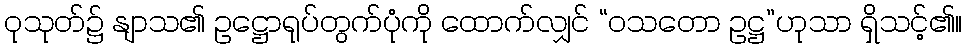
ဝုသုတ်၌ နျာသ၏ ဥဋ္ဌောရုပ်တွက်ပုံကို ထောက်လျှင် “ဝသတော ဥဋ္ဌ”ဟုသာ ရှိသင့်၏။